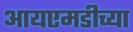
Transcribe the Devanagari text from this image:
आयएमडीच्या